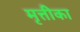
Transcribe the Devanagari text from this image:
मृत्तीका